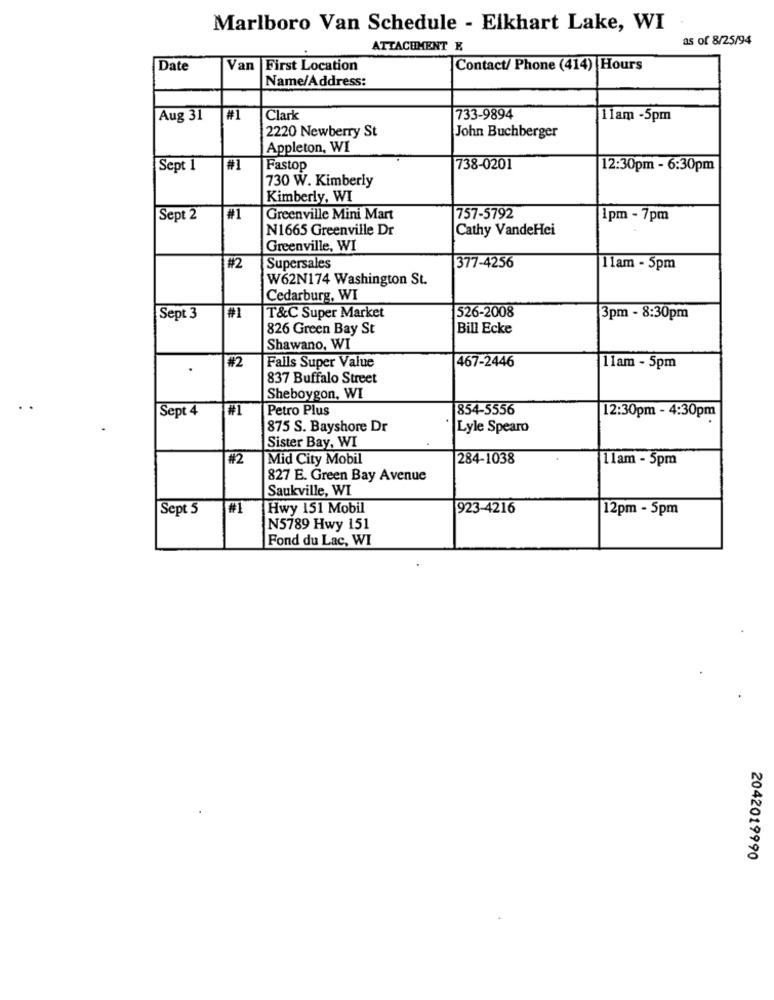
Marlboro Van Schedule - Elkhart Lake, WI
as of 8/25/94
ATTACHMENT E
Date
Van
First Location
Contact/ Phone (414) Hours
Name/Address:
Aug 31
#1
Clark
733-9894
11am -5pm
2220 Newberry St
John Buchberger
Appleton, WI
Sept 1
#
Fastop
738-0201
12:30pm - 6:30pm
730 W. Kimberly
Kimberly, WI
Sept 2
#1
Greenville Mini Mart
757-5792
1pm - 7pm
N1665 Greenville Dr
Cathy VandeHei
Greenville, WI
#2
Supersales
377-4256
11am - 5pm
W62N174 Washington St.
Cedarburg, WI
526-2008
Sept 3
#1
T&C Super Market
3pm - 8:30pm
826 Green Bay St
Bill Ecke
Shawano, WI
467-2446
#2
Falls Super Value
11am - 5pm
837 Buffalo Street
Sheboygon, WI
Sept 4
#1
Petro Plus
854-5556
12:30pm - 4:30pm
875 S. Bayshore Dr
Lyle Spearo
Sister Bay, WI
#2
Mid City Mobil
284-1038
11am - 5pm
827 E. Green Bay Avenue
Saukville, WI
Sept 5
#1
Hwy 151 Mobil
923-4216
12pm - 5pm
N5789 Hwy 151
Fond du Lac, WI
2042019990